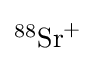
{\textstyle ^{88}{\text{Sr}}^{+}}